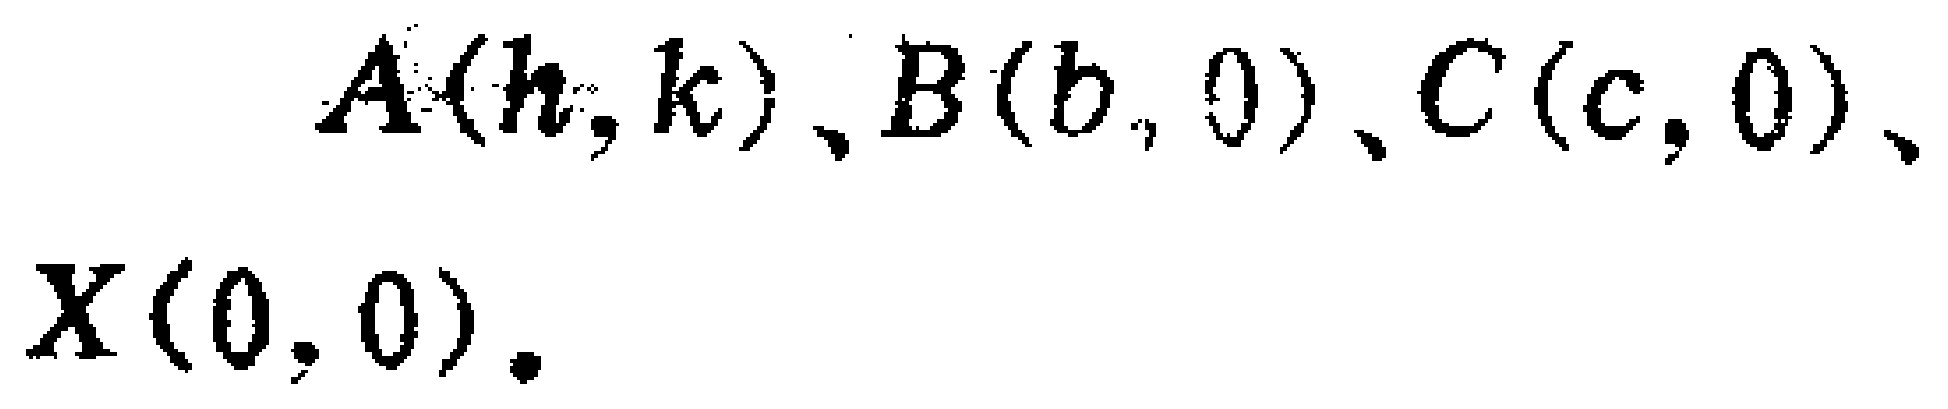
$A(h,k)、B(b,0)、C(c,0)、X(0,0).$